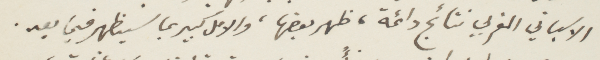
الاسباني المغربي نتائج دائمة، ظهر بعضها، والأمل كبير بما سيظهر فيا بعد.